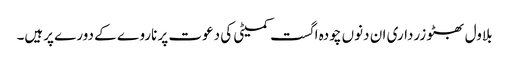
بلاول بھٹو زرداری ان دنوں چودہ اگست کمیٹی کی دعوت پر ناروے کے دورے پرہیں۔